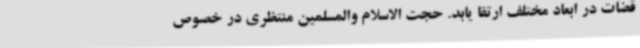
قضات در ابعاد مختلف ارتقا یابد. حجت الاسلام والمسلمین منتظری در خصوص